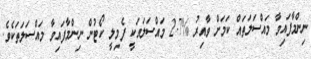
ނިންމާފައިވާ މައްސަލަތައް ކަމަށް ވާއިރު %2.7 މައްސަލައަކީ ފެމިލީ ކޯޓުން ނިންމާފައިވާ މައްސަލަތަކެވެ.